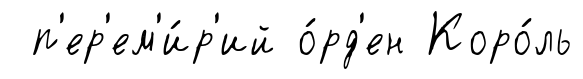
п'ер'ем'и́р'ий о́рд'ен Коро́ль